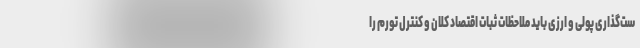
ست‌گذاری پولی و ارزی باید ملاحظات ثبات اقتصاد کلان و کنترل تورم را